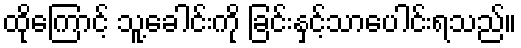
ထိုကြောင့် သူ့ခေါင်းကို ခြင်းနှင့်သာပေါင်းရသည်။